Annual report of the Punjab Veterinary College and of the Civil Veterinary Department, Punjab - 1909-1919
Year: 1909
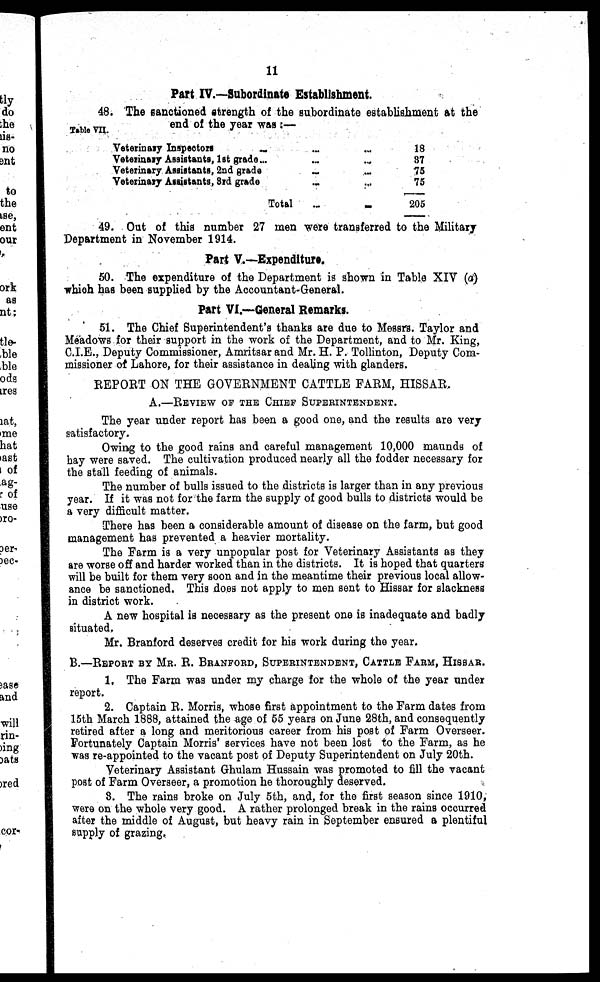
11
Part IV.—Subordinate Establishment.
Table VII.
48. The sanctioned strength of the subordinate establishment at the
end of the year was:—
Veterinary Inspectors ... ... ...
Veterinary Assistants, 1st grade ... ... ...
Veterinary Assistants, 2nd grade ... ...
Veterinary Assistants, 3rd grade ... ...
Total ... ...
18
37
75
75
205
49. Out of this number 27 men were transferred to the Military
Department in November 1914.
Part V.—Expenditure.
50. The expenditure of the Department is shown in Table XIV (a)
which has been supplied by the Accountant-General.
Part VI.—General Remarks.
51. The Chief Superintendent's thanks are due to Messrs. Taylor and
Meadows for their support in the work of the Department, and to Mr. King,
C.I.E., Deputy Commissioner, Amritsar and Mr. H. P. Tollinton, Deputy Com-
missioner of Lahore, for their assistance in dealing with glanders.
REPORT ON THE GOVERNMENT CATTLE FARM, HISSAR,
A.–– REVIEW OF THE CHIEF SUPERINTENDENT.
The year under report has been a good one, and the results are very
satisfactory.
Owing to the good rains and careful management 10,000 maunds of
hay were saved. The cultivation produced nearly all the fodder necessary for
the stall feeding of animals.
The number of bulls issued to the districts is larger than in any previous
year. If it was not for the farm the supply of good bulls to districts would be
a very difficult matter.
There has been a considerable amount of disease on the farm, but good
management has prevented a heavier mortality.
The Farm is a very unpopular post for Veterinary Assistants as they
are worse off and harder worked than in the districts. It is hoped that quarters
will be built for them very soon and in the meantime their previous local allow-
ance be sanctioned. This does not apply to men sent to Hissar for slackness
in district work.
A new hospital is necessary as the present one is inadequate and badly
situated.
Mr. Branford deserves credit for his work during the year,
B.––REPORT BY MR. R. BRANFORD, SUPERINTENDENT, CATTLE FARM, HISSAR .
1. The Farm was under my charge for the whole of the year under
report.
2. Captain R. Morris, whose first appointment to the Farm dates from
15th March 1888, attained the age of 55 years on June 28th, and consequently
retired after a long and meritorious career from his post of Farm Overseer.
Fortunately Captain Morris' services have not been lost to the Farm, as he
was re-appointed to the vacant post of Deputy Superintendent on July 20th.
Veterinary Assistant Ghulam Hussain was promoted to fill the vacant
post of Farm Overseer, a promotion he thoroughly deserved.
3. The rains broke on July 5th, and, for the first season since 1910,
were on the whole very good. A rather prolonged break in the rains occurred
after the middle of August, but heavy rain in September ensured a plentiful
supply of grazing.